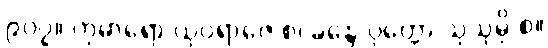
၉၀၇။ ကုမာရော ယုဝရာဇေ စ၊ ခန္ဒေ ဝုတ္တော သုသုမှိ စ။